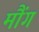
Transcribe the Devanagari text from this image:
मौंग